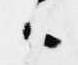
候